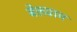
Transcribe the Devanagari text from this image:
बेलग्राम